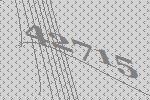
42715